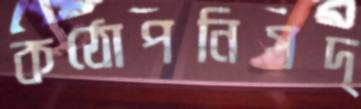
কঠোপনিষদ্‌